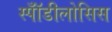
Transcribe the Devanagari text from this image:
स्पॉँडीलोसिस